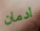
ادمان